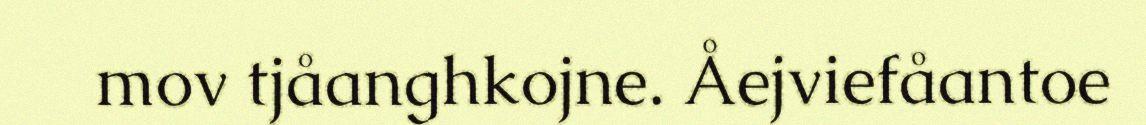
mov tjåanghkojne. Åejviefåantoe